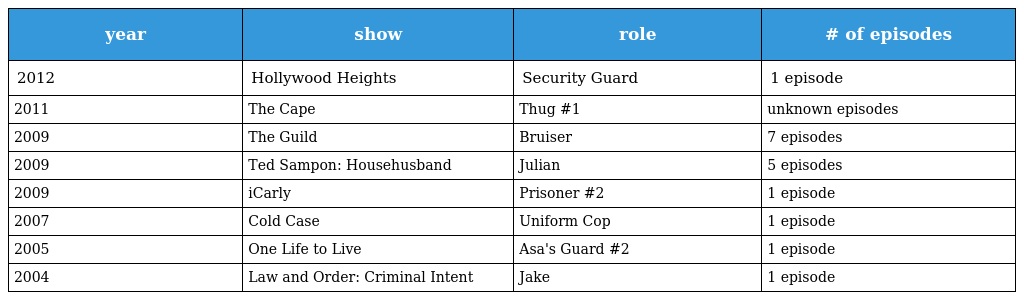
| year | show | role | # of episodes |
 | --- | --- | --- | --- |
 | 2012 | Hollywood Heights | Security Guard | 1 episode |
 | 2011 | The Cape | Thug #1 | unknown episodes |
 | 2009 | The Guild | Bruiser | 7 episodes |
 | 2009 | Ted Sampon: Househusband | Julian | 5 episodes |
 | 2009 | iCarly | Prisoner #2 | 1 episode |
 | 2007 | Cold Case | Uniform Cop | 1 episode |
 | 2005 | One Life to Live | Asa's Guard #2 | 1 episode |
 | 2004 | Law and Order: Criminal Intent | Jake | 1 episode |